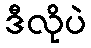
ဒီလိုပဲ